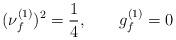
LaTeX: \begin{align*}(\nu_{f}^{(1)})^{2} = {1\over 4},\quad\quad g_{f}^{(1)} = 0\end{align*}